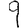
Digit: 9